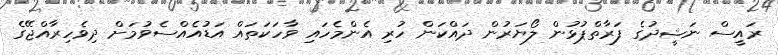
ރައީސް ނަޝީދުގެ ފަރާތްޕުޅުން ލޯޔަރުން ދައްކަން ހުރި އެންމެހައި ވާހަކަތައް އަޑުއެއްސެވުމަށް ދިވެހިރާއްޖޭގެ